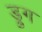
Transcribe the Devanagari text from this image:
ड्रुग